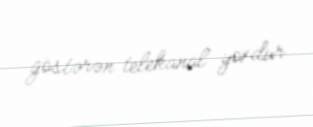
göstərən telekanal yoxdur.